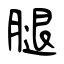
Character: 腿